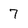
Character: 7